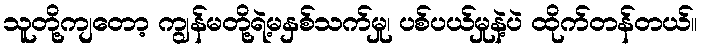
သူတို့ကျတော့ ကျွန်မတို့ရဲ့မနှစ်သက်မှု၊ ပစ်ပယ်မှုနဲ့ပဲ ထိုက်တန်တယ်။